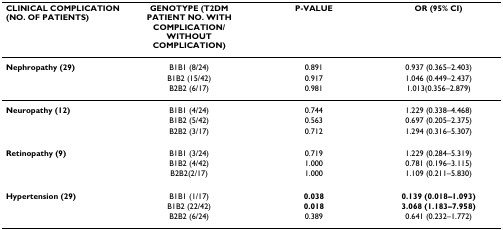
<table><thead><tr><td><b>CLINICAL COMPLICATION (NO. OF PATIENTS)</b></td><td><b>GENOTYPE (T2DM PATIENT NO. WITH COMPLICATION/WITHOUT COMPLICATION)</b></td><td><b>P-VALUE</b></td><td><b>OR (95% CI)</b></td></tr></thead><tbody><tr><td><b>Nephropathy (29)</b></td><td>B1B1 (8/24)</td><td>0.891</td><td>0.937 (0.365–2.403)</td></tr><tr><td></td><td>B1B2 (15/42)</td><td>0.917</td><td>1.046 (0.449–2.437)</td></tr><tr><td></td><td>B2B2 (6/17)</td><td>0.981</td><td>1.013(0.356–2.879)</td></tr><tr><td><b>Neuropathy (12)</b></td><td>B1B1 (4/24)</td><td>0.744</td><td>1.229 (0.338–4.468)</td></tr><tr><td></td><td>B1B2 (5/42)</td><td>0.563</td><td>0.697 (0.205–2.375)</td></tr><tr><td></td><td>B2B2 (3/17)</td><td>0.712</td><td>1.294 (0.316–5.307)</td></tr><tr><td><b>Retinopathy (9)</b></td><td>B1B1 (3/24)</td><td>0.719</td><td>1.229 (0.284–5.319)</td></tr><tr><td></td><td>B1B2 (4/42)</td><td>1.000</td><td>0.781 (0.196–3.115)</td></tr><tr><td></td><td>B2B2(2/17)</td><td>1.000</td><td>1.109 (0.211–5.830)</td></tr><tr><td><b>Hypertension (29)</b></td><td>B1B1 (1/17)</td><td><b>0.038</b></td><td><b>0.139 (0.018–1.093)</b></td></tr><tr><td></td><td>B1B2 (22/42)</td><td><b>0.018</b></td><td><b>3.068 (1.183–7.958)</b></td></tr><tr><td></td><td>B2B2 (6/24)</td><td>0.389</td><td>0.641 (0.232–1.772)</td></tr></tbody></table>